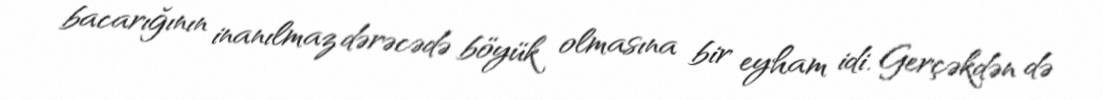
bacarığının inanılmaz dərəcədə böyük olmasına bir eyham idi. Gerçəkdən də